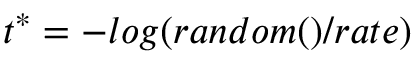
t ^ { \ast } = - l o g ( r a n d o m ( ) / r a t e )